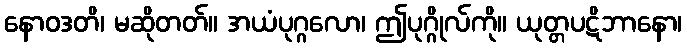
နောဝဒတိ၊ မဆိုတတ်။ အယံပုဂ္ဂလော၊ ဤပုဂ္ဂိုလ်ကို။ ယုတ္တပဋိဘာနော၊